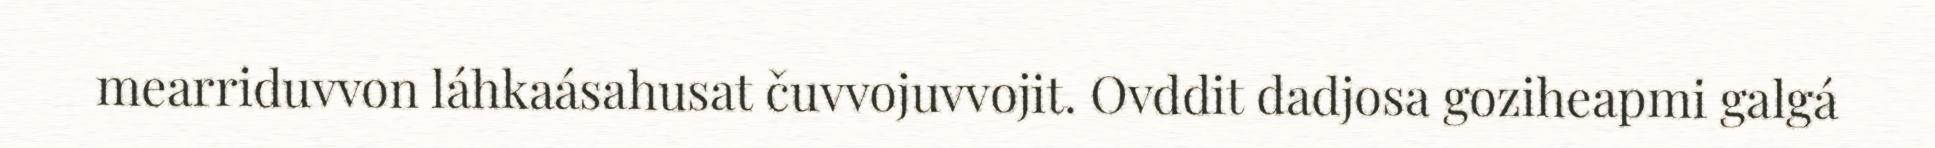
mearriduvvon láhkaásahusat čuvvojuvvojit. Ovddit dadjosa goziheapmi galgá